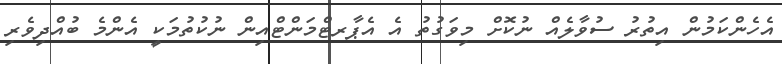
އެހެންކަމުން އިތުރު ސުވާލެއް ނުކޮށް މިވަގުތު އެ އެޕާރޓްމަންޓްއިން ނުކުތުމަކީ އެންމެ ބުއްދިވެރި